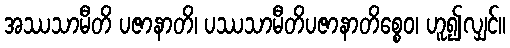
အဿသာမီတိ ပဇာနာတိ၊ ပဿသာမီတိပဇာနာတိစ္စေဝ၊ ဟူ၍လျှင်။